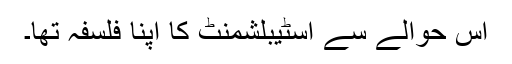
اس حوالے سے اسٹیبلشمنٹ کا اپنا فلسفہ تھا۔